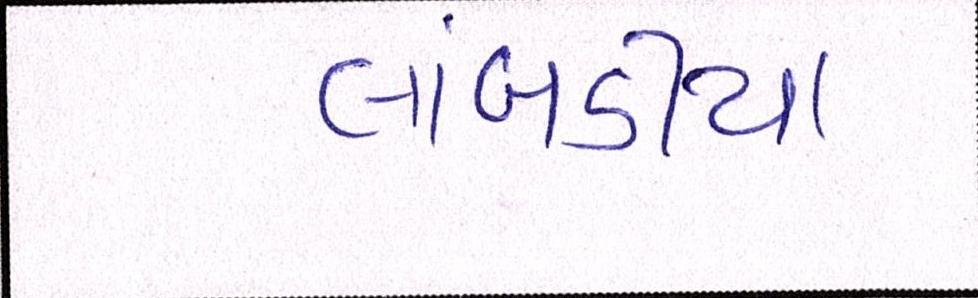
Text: લાંબડીયા